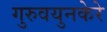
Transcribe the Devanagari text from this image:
गुरुवयुनकेरे